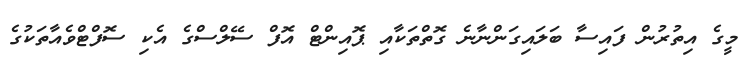
މީގެ އިތުރުން ފައިސާ ބަލައިގަންނާނެ ގޮތްތަކާއި ޕޮއިންޓް އޮފް ސޭލްސްގެ އެކި ސޮފްޓްވެއާތަކުގެ